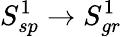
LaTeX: S_{sp}^{1}\rightarrow S_{gr}^{1}